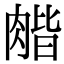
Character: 𦞉